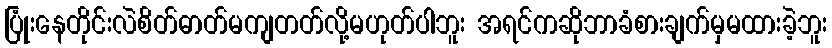
ပြုံးနေတိုင်းလဲစိတ်ဓာတ်မကျတတ်လို့မဟုတ်ပါဘူး အရင်ကဆိုဘာခံစားချက်မှမထားခဲ့ဘူး